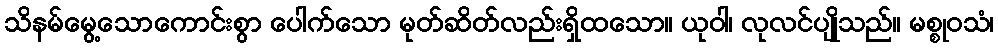
သိနမ်မွေ့သောကောင်းစွာ ပေါက်သော မုတ်ဆိတ်လည်းရှိထသော။ ယုဝါ၊ လုလင်ပျိုသည်။ မစ္စုဝသံ၊